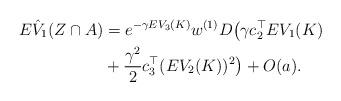
LaTeX: \begin{align*}E\hat{V}_{1}(Z\cap A)&= e^{-\gamma EV_3(K)}w^{(1)} D\big(\gamma c_2^\top EV_{1}(K)\\&+\frac{\gamma^2}{2}c_3^\top (E V_{2}(K))^2\big)+O(a).\end{align*}